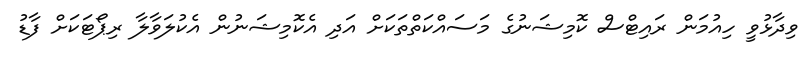
ވިދާޅުވީ ހިއުމަން ރައިޓްސް ކޮމިޝަނުގެ މަސައްކަތްތަކަށް އަދި އެކޮމިޝަނުން އެކުލަވާލާ ރިޕޯޓަކަށް ފާޑު